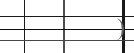
)